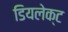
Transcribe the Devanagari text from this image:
डियलेक्ट